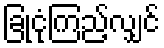
ခြုံငုံကြည့်လျှင်